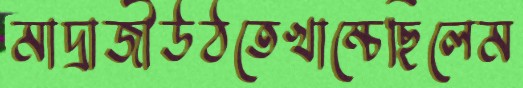
মাদ্রাজীউঠতেখাম্‌চেছিলেম